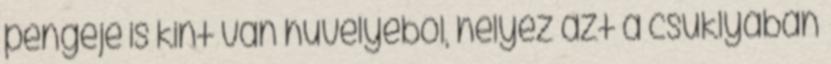
pengéje is kint van hüvelyéből, helyez azt a csuklyában